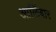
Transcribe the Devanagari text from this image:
आर्लिबार